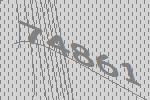
74861